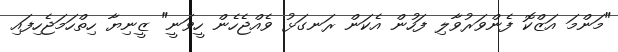
"މަންމަ އަޒްކޮ ފެންވަރުވާލި ފަހުން އެކަން ރަނގަޅު ވެއްޖެހެން ހީވަނީ" ޒީނިޔާ ހިތްހަމަޖެހިފައި